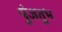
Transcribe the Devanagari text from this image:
पुंजतुभ